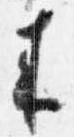
来